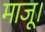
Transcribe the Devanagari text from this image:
माजू।